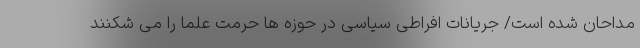
مداحان شده است/ جریانات افراطی سیاسی در حوزه ها حرمت علما را می شکنند